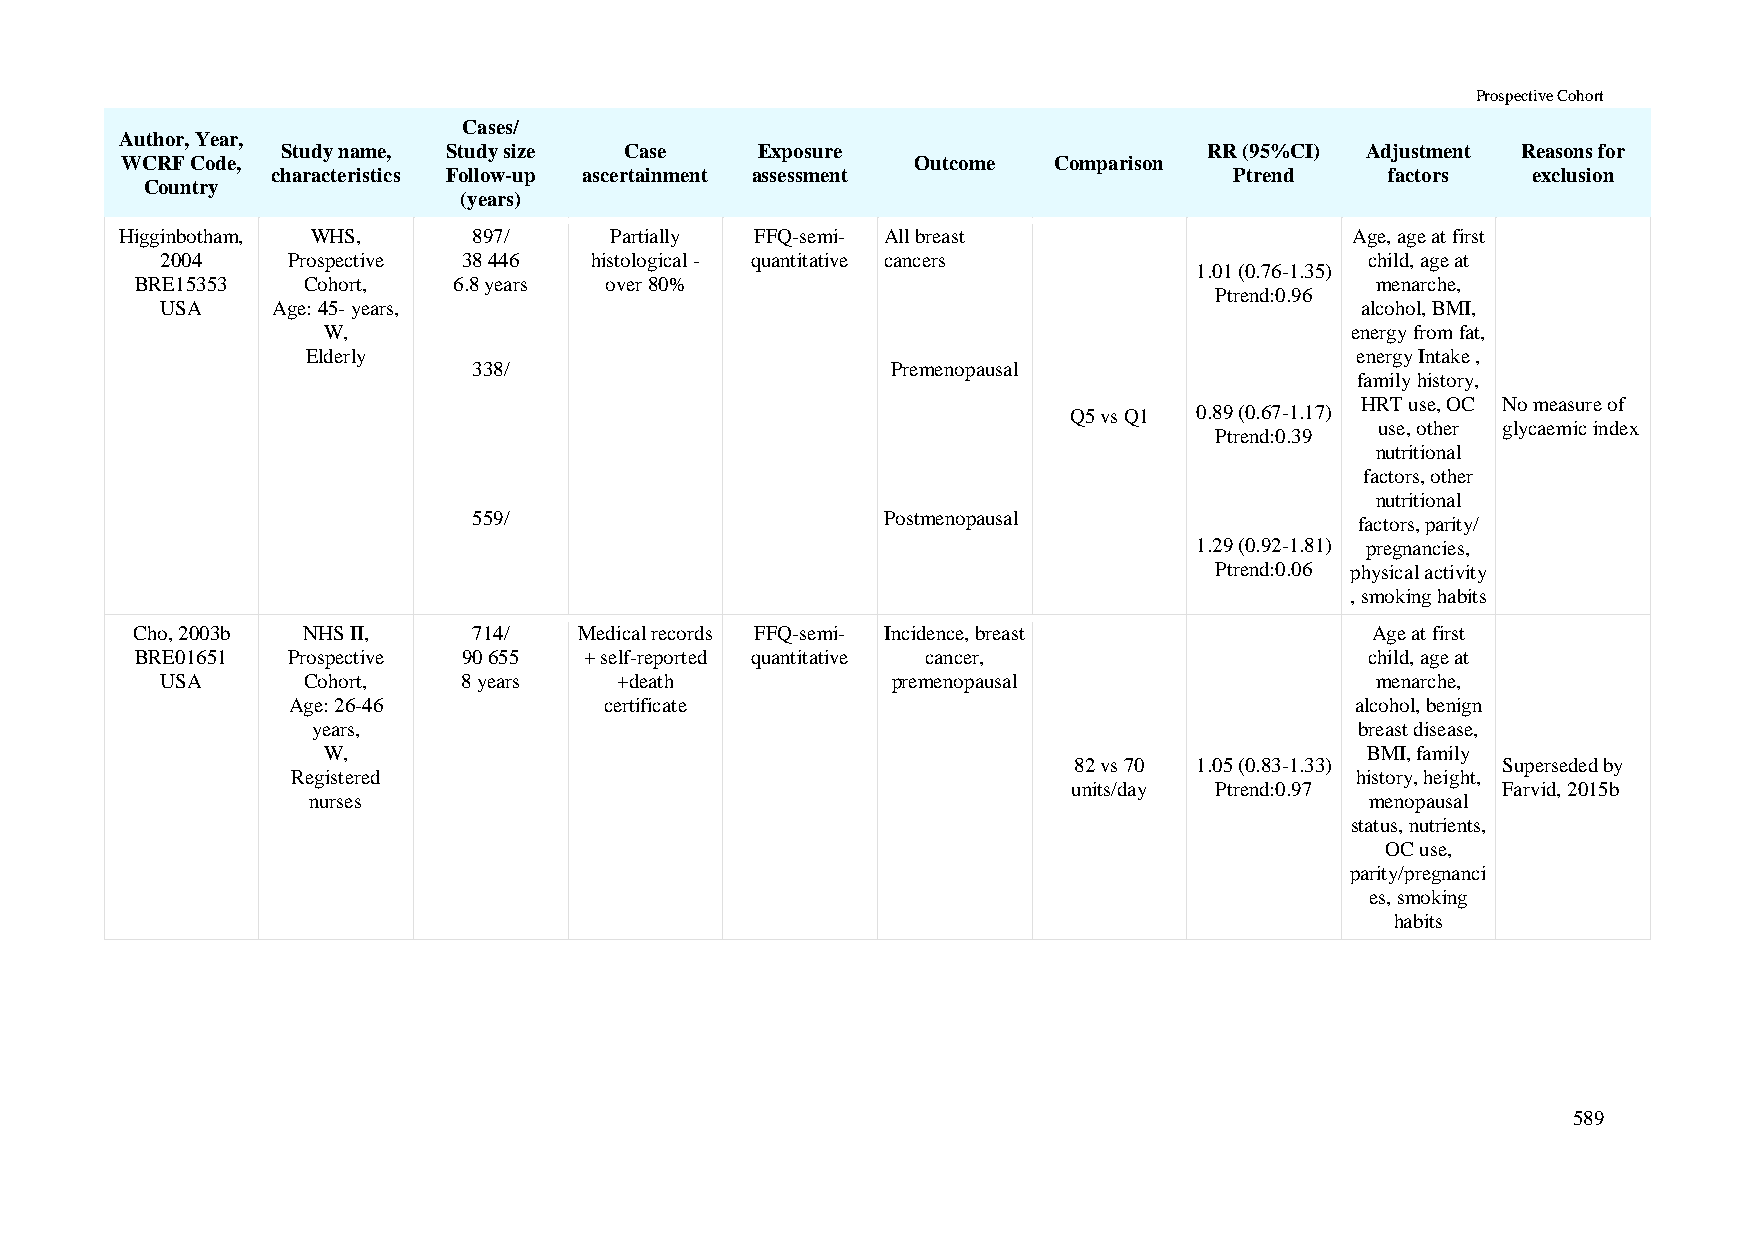
Prospective Cohort
 Cases/
 Author, Year,
 Study name, Study size Case    Exposure                      RR (95%CI) Adjustment Reasons for
 WCRF Code,                                           Outcome  Comparison
 characteristics Follow-up ascertainment assessment              Ptrend    factors  exclusion
 Country
 (years)
 Higginbotham, WHS,     897/     Partially FFQ-semi- All breast                    Age, age at first
 2004    Prospective 38 446  histological - quantitative cancers                 child, age at
 1.01 (0.76-1.35)
 BRE15353   Cohort,   6.8 years over 80%                                           menarche,
 Ptrend:0.96
 USA    Age: 45- years,                                                         alcohol, BMI,
 W,                                                                  energy from fat,
 Elderly                                                               energy Intake ,
 338/                        Premenopausal
 family history,
 HRT use, OC No measure of
 Q5 vs Q1 0.89 (0.67-1.17)
 use, other glycaemic index
 Ptrend:0.39
 nutritional
 factors, other
 nutritional
 559/                       Postmenopausal                  factors, parity/
 1.29 (0.92-1.81) pregnancies,
 Ptrend:0.06 physical activity
 , smoking habits
 Cho, 2003b NHS II,    714/   Medical records FFQ-semi- Incidence, breast          Age at first
 BRE01651  Prospective 90 655  + self-reported quantitative cancer,                child, age at
 USA      Cohort,    8 years   +death            premenopausal                   menarche,
 Age: 26-46           certificate                                       alcohol, benign
 years,                                                               breast disease,
 W,                                                                   BMI, family
 82 vs 70 1.05 (0.83-1.33)   Superseded by
 Registered                                                             history, height,
 units/day Ptrend:0.97       Farvid, 2015b
 nurses                                                                 menopausal
 status, nutrients,
 OC use,
 parity/pregnanci
 es, smoking
 habits
 589